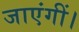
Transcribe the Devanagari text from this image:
जाएंगीं।